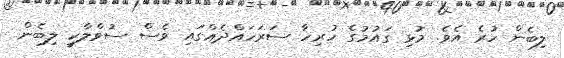
ލިބެން ހުރެ އެވެ. މުޅި ގައުމުގެ ހުރިހާ ސަރަހައްދެއްގައި ވެސް ސުވްލާކީ ލިބެން